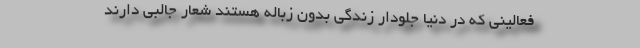
فعالینی که در دنیا جلودار زندگی بدون زباله هستند شعار جالبی دارند